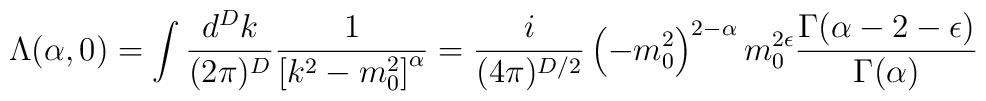
\Lambda(\alpha, 0)=\int\frac{d^D k}{(2\pi)^D} \frac{1}{\left[ k^2-m_0^2\right]^\alpha}=\frac{i}{(4\pi)^{D/2}}\left(-m_0^2\right)^{2-\alpha} m_0^{2\epsilon}\frac{\Gamma(\alpha-2-\epsilon)}{\Gamma(\alpha)}